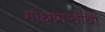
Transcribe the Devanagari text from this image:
मोक्षप्राप्तीची